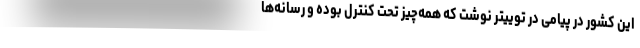
این کشور در پیامی در توییتر نوشت که همه‌چیز تحت کنترل بوده و رسانه‌ها